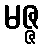
မဇ္ဇ